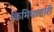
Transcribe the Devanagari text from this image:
किमियागारी